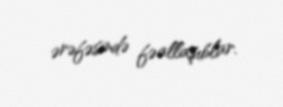
ərəfəsində fəallaşıblar.